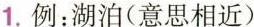
1.例：湖泊(意思相近)